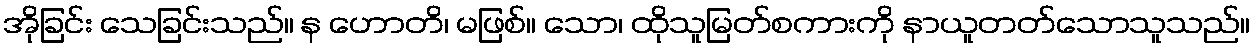
အိုခြင်း သေခြင်းသည်။ န ဟောတိ၊ မဖြစ်။ သော၊ ထိုသူမြတ်စကားကို နာယူတတ်သောသူသည်။